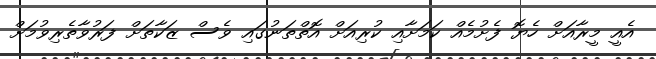
އެއީ މީރާއަށް ހެޔޮ ފެށުމެއް ކަމަށާއި ކުރިއަށް އޮތްތަނުގައި ވެސް ޒަކާތަށް ފަރުވާތެރިވުމަށް